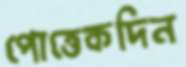
পোত্তেকদিন